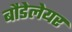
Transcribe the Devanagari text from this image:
बौडेलेयर